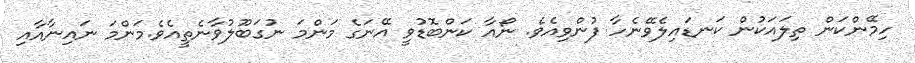
ހިމޭންކަން ތިލައަކުން ކަނޑައިލެވޭނެހާ ފުންވިއެވެ. ނޯއާ ކަންބޮޑުވީ އޭނަގެ މަންމަ ނުގަބޫލުވާނެތީއެވެ.މަންމަ ނައިނާއާއި